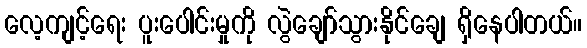
လေ့ကျင့်ရေး ပူးပေါင်းမှုကို လွဲချော်သွားနိုင်ချေ ရှိနေပါတယ်။